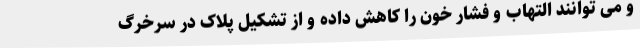
و می توانند التهاب و فشار خون را کاهش داده و از تشکیل پلاک در سرخرگ